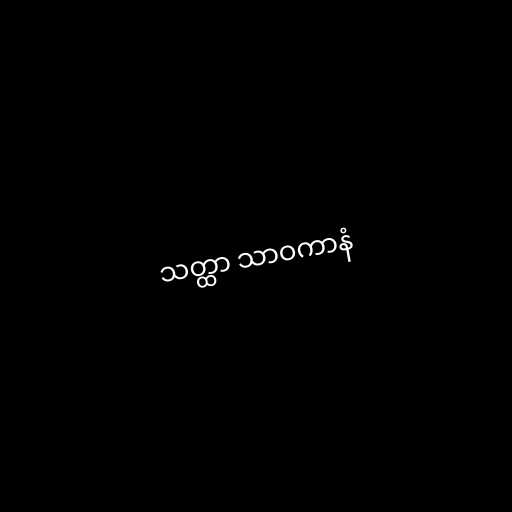
သတ္ထာ သာဝကာနံ